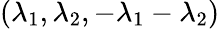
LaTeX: (\lambda_{1},\lambda_{2},-\lambda_{1}-\lambda_{2})